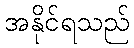
အနိုင်ရသည်